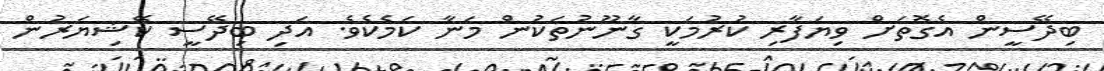
ބިދޭސީން އެގޮތަށް ވިޔަފާރި ކުރުމަކީ ގާނޫނުތަކުން މަނާ ކަމެކެވެ. އަދި ބިދޭސީ ކޭޝިޔަރުންް